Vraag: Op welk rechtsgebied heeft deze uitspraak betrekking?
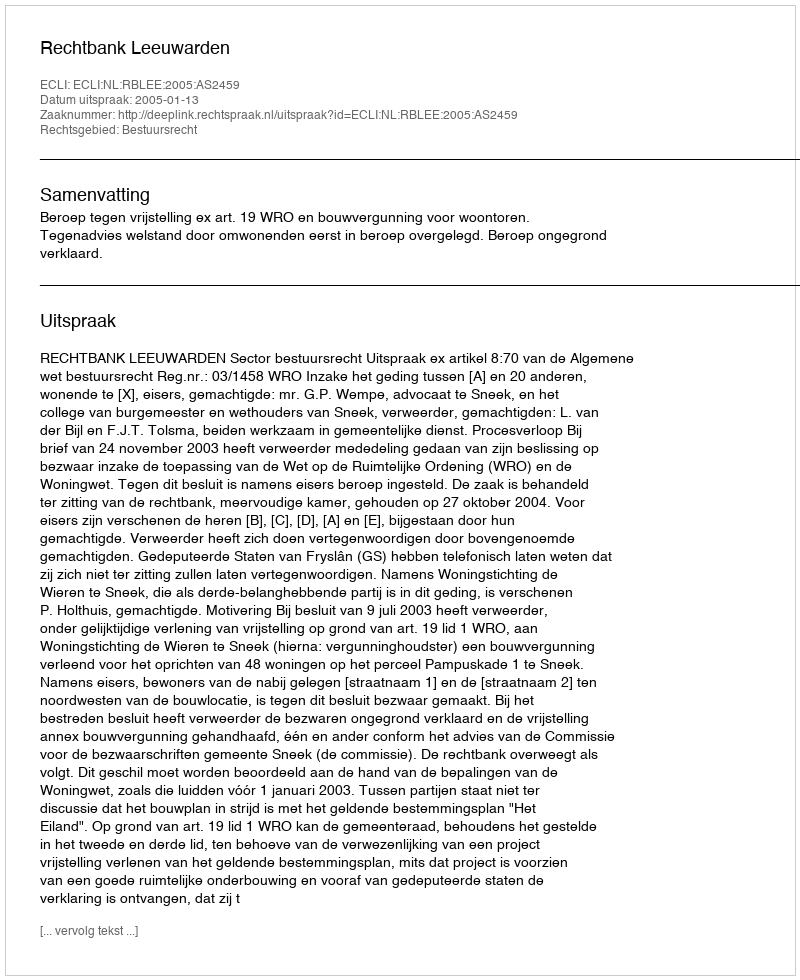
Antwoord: Bestuursrecht